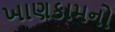
ખાણકામનો